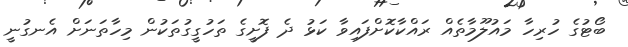
ބޯޓުގެ ހުރިހާ މައުލޫމާތެއް ރައްކާކޮށްފައިވާ ކަޅު ދެ ފޮށީގެ ތަހުގީގުތަކުން މިހާތަނަށް އެނގުނީ